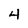
Character: 4